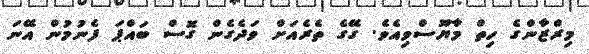
މިރްޒާންގެ ހިތް މާޔޫސްވިއެވެ. ގޭގެ ތެރެއަށް ވަދެގެން ގޮސް ބައްޕަ ފެނުމުން އޭނަ